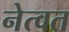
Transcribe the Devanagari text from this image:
नेत्वत